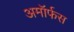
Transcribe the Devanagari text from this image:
अमॉर्फस